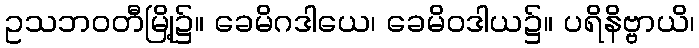
ဥသဘဝတီမြို့၌။ ခေမိဂဒါယေ၊ ခေမိဝဒါယ၌။ ပရိနိဗ္ဗာယိ၊